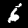
Label: 6